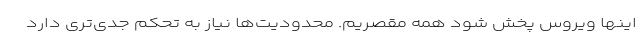
اینها ویروس پخش شود همه مقصریم. محدودیت‌ها نیاز به تحکم جدی‌تری دارد